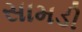
સામડી